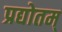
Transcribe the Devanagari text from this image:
प्रद्योतम्